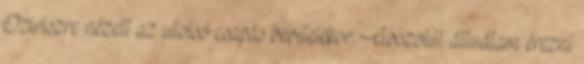
Oziriszre nézett az utolsó csapás bevitelekor. Abszolút áttudtam érezni